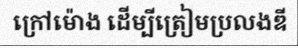
ក្រៅម៉ោង ដើម្បីត្រៀមប្រលងឌី